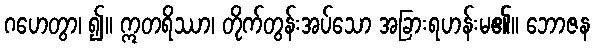
ဂဟေတွာ၊ ၍။ ဣတရိဿာ၊ တိုက်တွန်းအပ်သော အခြားရဟန်းမ၏။ ဘောဇန